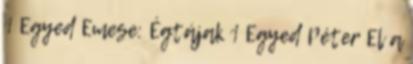
1 Egyed Emese: Égtájak 1 Egyed Péter El a